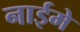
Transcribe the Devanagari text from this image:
नाईमे